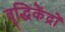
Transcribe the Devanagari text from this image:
वृद्धिकेंद्रों